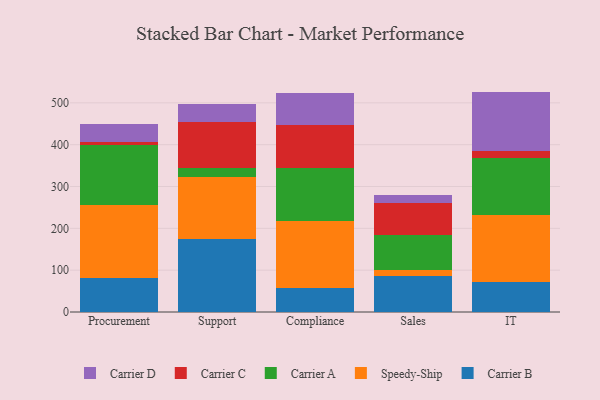
{"axis": {"x": "Department", "y": "Conversion Rate (%)"}, "legend": ["Carrier A", "Carrier B", "Carrier C", "Carrier D", "Speedy-Ship"], "data": [{"x": "Procurement", "y": 81.6, "type": "Carrier B"}, {"x": "Procurement", "y": 174.0, "type": "Speedy-Ship"}, {"x": "Procurement", "y": 143.9, "type": "Carrier A"}, {"x": "Procurement", "y": 6.0, "type": "Carrier C"}, {"x": "Procurement", "y": 43.5, "type": "Carrier D"}, {"x": "Support", "y": 173.9, "type": "Carrier B"}, {"x": "Support", "y": 148.6, "type": "Speedy-Ship"}, {"x": "Support", "y": 21.3, "type": "Carrier A"}, {"x": "Support", "y": 110.3, "type": "Carrier C"}, {"x": "Support", "y": 42.3, "type": "Carrier D"}, {"x": "Compliance", "y": 58.4, "type": "Carrier B"}, {"x": "Compliance", "y": 159.4, "type": "Speedy-Ship"}, {"x": "Compliance", "y": 126.8, "type": "Carrier A"}, {"x": "Compliance", "y": 102.4, "type": "Carrier C"}, {"x": "Compliance", "y": 77.6, "type": "Carrier D"}, {"x": "Sales", "y": 85.4, "type": "Carrier B"}, {"x": "Sales", "y": 15.2, "type": "Speedy-Ship"}, {"x": "Sales", "y": 83.9, "type": "Carrier A"}, {"x": "Sales", "y": 75.7, "type": "Carrier C"}, {"x": "Sales", "y": 19.6, "type": "Carrier D"}, {"x": "IT", "y": 71.8, "type": "Carrier B"}, {"x": "IT", "y": 159.7, "type": "Speedy-Ship"}, {"x": "IT", "y": 137.6, "type": "Carrier A"}, {"x": "IT", "y": 15.5, "type": "Carrier C"}, {"x": "IT", "y": 142.3, "type": "Carrier D"}]}